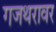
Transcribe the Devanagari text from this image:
गजथरावर